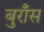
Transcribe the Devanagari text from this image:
बुराँस